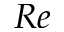
R e